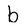
Character: b